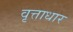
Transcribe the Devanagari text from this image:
वृत्ताधार